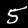
Digit: 5